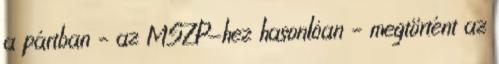
a pártban – az MSZP-hez hasonlóan – megtörtént az